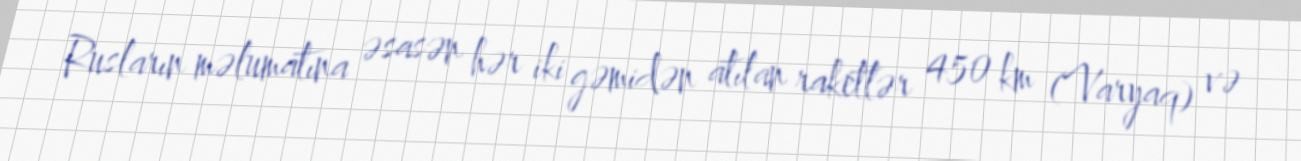
Rusların məlumatına əsasən hər iki gəmidən atılan raketlər 450 km (Varyaq) və